Senior Leaving Certificate Examination (including Day School Certificate (Higher) General paper), 1950
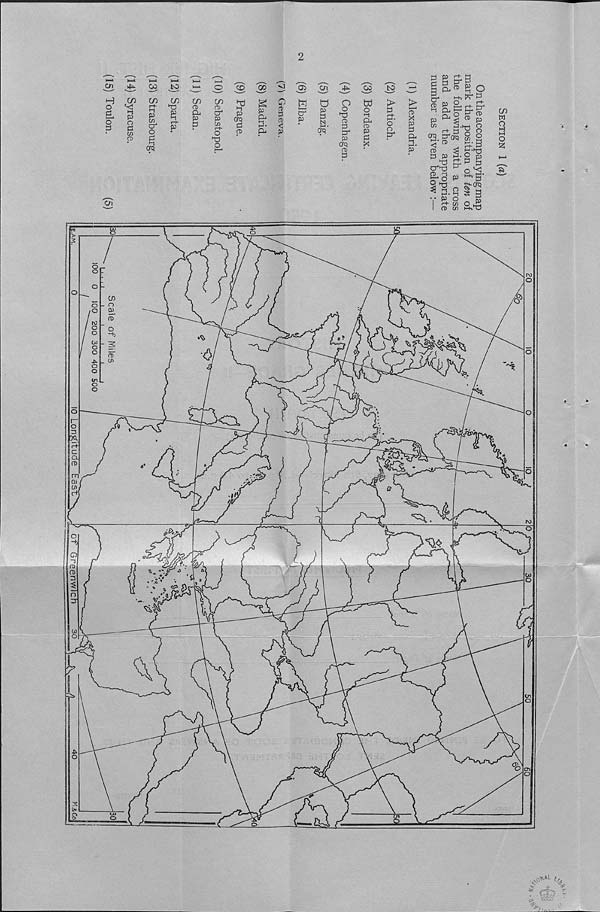
2
cn ^ oo to
.
5-1
l-K t'T' P
H
o
&
o
P
co co
ft
p W3
a"
o
£
CfQ
P
o
p
c«
(n
CO
p a r+*
P
CO
CD
a.
p
co
CD
CT 4
P
in r^-
o
'■d
o
a
P
CD
P
£
o
0)
3 CD
W
V—*
cr
p
O
p
P
N H-* •
Cfq
O
o
•d
CD
P
P 4
P
orq
CD
P
W
o a
P- CD
P
P
><1
>
P r-t- H-* •
o
o
p 4
CD
X
P
a
p
Oi
u
CD P 5. rt-
p P 4 ^ p
^ §• |
i o'^
i.
rv)
d
P
a 4^ ^ o 'C
g. g P ^ p.
^ - q Ip
•,• P O ^ g
r+- C/) O ,40
I CD Cfl i-hd
CD
.d
CO
w
o
H
n
o
2
o .
_ o
"b
'V
IP -
_ o>
"5
tn .
Cl
m
Q-
rn
Hi
3
"0
rj
3
a
7
<S^L %
f cl'l 2
^
C